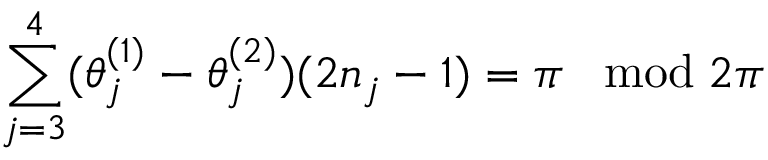
\sum _ { j = 3 } ^ { 4 } ( \theta _ { j } ^ { ( 1 ) } - \theta _ { j } ^ { ( 2 ) } ) ( 2 n _ { j } - 1 ) = \pi \; \; \bmod 2 \pi